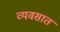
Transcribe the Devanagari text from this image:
व्यवसात